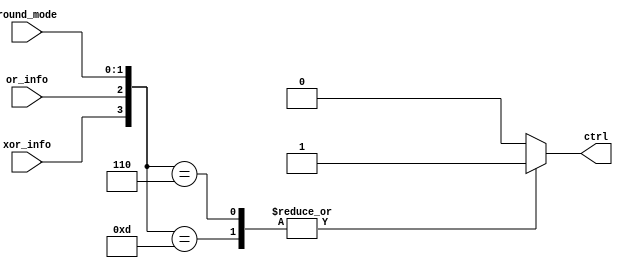
module Deco_Round_Mult(
	input wire [1:0] round_mode,
	input wire or_info, //23 less significant bits from the product of significands
	input wire xor_info, //Brings information about the sign of the operation
	output reg ctrl //control signal mux --- control of the rounded significand
    );

wire round_ok;

always @*
  case ({xor_info,or_info,round_mode})
 // Round to infinity - (Round down)
//1'b0: Let pass the significand without rounding
//1'b1: Let pass the rounded significand

//Round towards - infinity
//0: positive number ; 01: Round towards - inifnity ; XX rounding bits

	//Positive Number
	//xor, or, round
	4'b0101: ctrl <= 1'b0;

	//Negative Number

	4'b1101: ctrl <= 1'b1;

//Round towards + infinity

	//Positive Number

	4'b0110: ctrl <= 1'b1;

	//Negative Number

	4'b1110: ctrl <= 1'b0;

   default: ctrl <= 1'b0; //Truncation
   endcase

endmodule